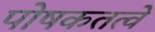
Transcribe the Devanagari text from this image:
पोषकतत्वे